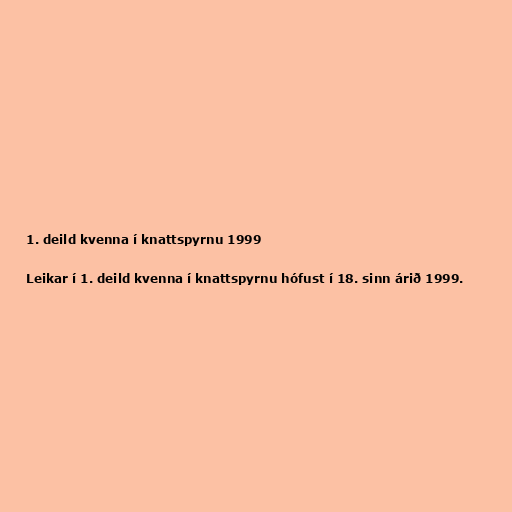
1. deild kvenna í knattspyrnu 1999

Leikar í 1. deild kvenna í knattspyrnu hófust í 18. sinn árið 1999.